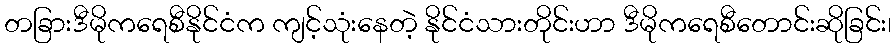
တခြားဒီမိုကရေစီနိုင်ငံက ကျင့်သုံးနေတဲ့ နိုင်ငံသားတိုင်းဟာ ဒီမိုကရေစီတောင်းဆိုခြင်း၊